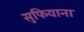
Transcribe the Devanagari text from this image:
सुफियाना